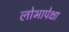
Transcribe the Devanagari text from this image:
लोभापेक्षा